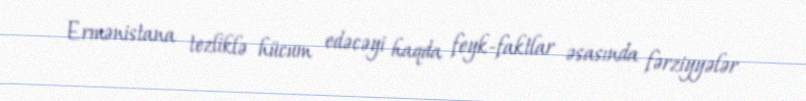
Ermənistana tezliklə hücum edəcəyi haqda feyk-faktlar əsasında fərziyyələr